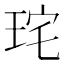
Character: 𭹋